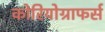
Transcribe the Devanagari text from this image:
कोरियोग्राफर्स